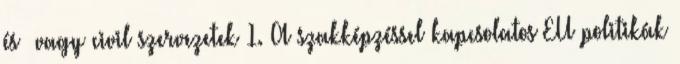
és vagy civil szervezetek 1. A szakképzéssel kapcsolatos EU politikák